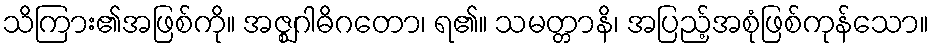
သိကြား၏အဖြစ်ကို။ အဇ္ဈဂါဓိဂတော၊ ရ၏။ သမတ္တာနိ၊ အပြည့်အစုံဖြစ်ကုန်သော။